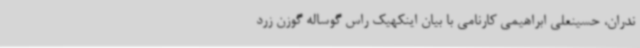
ندران، حسینعلی ابراهیمی کارنامی با بیان اینکهیک راس گوساله گوزن زرد